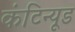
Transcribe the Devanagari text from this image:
कंटिन्यूड